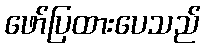
ဖော်ပြထားပေသည်